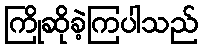
ကြိုဆိုခဲ့ကြပါသည်